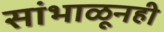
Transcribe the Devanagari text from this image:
सांभाळूनही